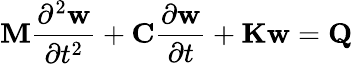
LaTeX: \mathbf{M}\frac{\partial^{2}\mathit{\mathbf{w}}}{\partial t^{2}}+\mathbf{C}\frac{\partial\mathit{\mathbf{w}}}{\partial t}+\mathbf{Kw}=\mathbf{Q}